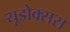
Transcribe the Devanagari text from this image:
यूडोक्सस